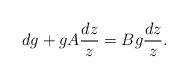
LaTeX: \begin{align*}dg+gA\frac{dz}{z}=Bg\frac{dz}{z}.\end{align*}